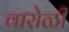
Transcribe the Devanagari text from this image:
वारोळी